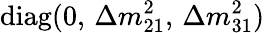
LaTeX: \mathrm{diag}(0,\, \Delta{m}_{21}^{2},\, \Delta{m}_{31}^{2})